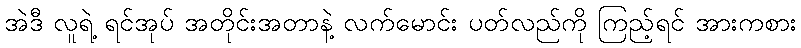
အဲဒီ လူရဲ့ ရင်အုပ် အတိုင်းအတာနဲ့ လက်မောင်း ပတ်လည်ကို ကြည့်ရင် အားကစား